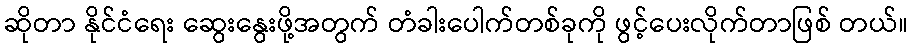
ဆိုတာ နိုင်ငံရေး ဆွေးနွေးဖို့အတွက် တံခါးပေါက်တစ်ခုကို ဖွင့်ပေးလိုက်တာဖြစ် တယ်။